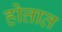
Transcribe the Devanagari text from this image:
होत्तात